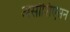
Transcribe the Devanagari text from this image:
असोशिएसन